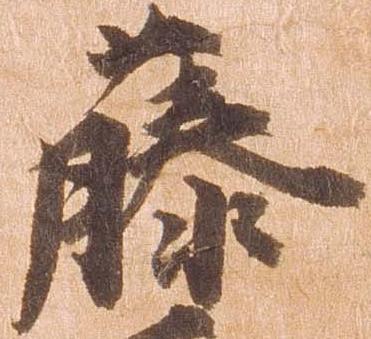
藤